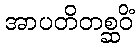
အာပတိတစ္ဆဝိံ